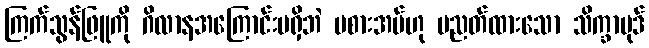
ကြက်သွန်ဖြူကို ဂိလာနအကြောင်းမရှိဘဲ မစားအပ်ဟု ပညတ်ထားသော သိက္ခာပုဒ်